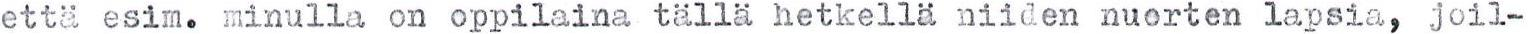
että esim. minulla on oppilaina tällä hetkellä niiden nuorten lapsia, joil-